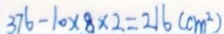
3 7 6 - 1 0 \times 8 \times 2 = 2 1 6 ( c m ^ { 2 } )